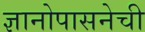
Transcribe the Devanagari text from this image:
ज्ञानोपासनेची